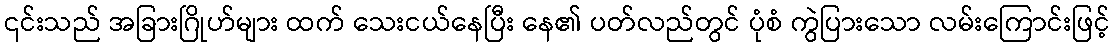
၎င်းသည် အခြားဂြိုဟ်များ ထက် သေးငယ်နေပြီး နေ၏ ပတ်လည်တွင် ပုံစံ ကွဲပြားသော လမ်းကြောင်းဖြင့်